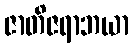
ဇာတိဇရာဘယာ